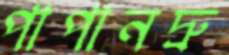
পাপানদ্রু